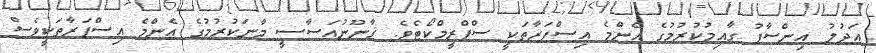
އަދުލު އިންސާފު ގާއިމުކުރުމުގެ އެންމެ އިސްފަރާތަކީ ސްޕްރީމްކޯޓެވެ. ޤާނޫނުއަސާސީ މާނަކުރުމުގެ އެންމެ އިސްފަރާތަކީވެސް